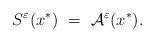
LaTeX: \begin{align*} S^\varepsilon (x^*) \ = \ \mathcal{A}^\varepsilon (x^*).\end{align*}